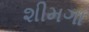
શીમગા